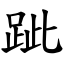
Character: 跐